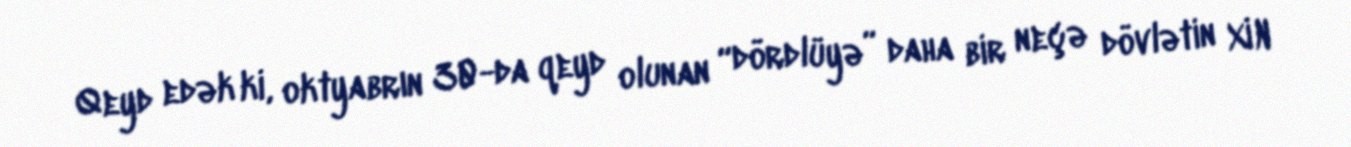
Qeyd edək ki, oktyabrın 30-da qeyd olunan “dördlüyə” daha bir neçə dövlətin XİN